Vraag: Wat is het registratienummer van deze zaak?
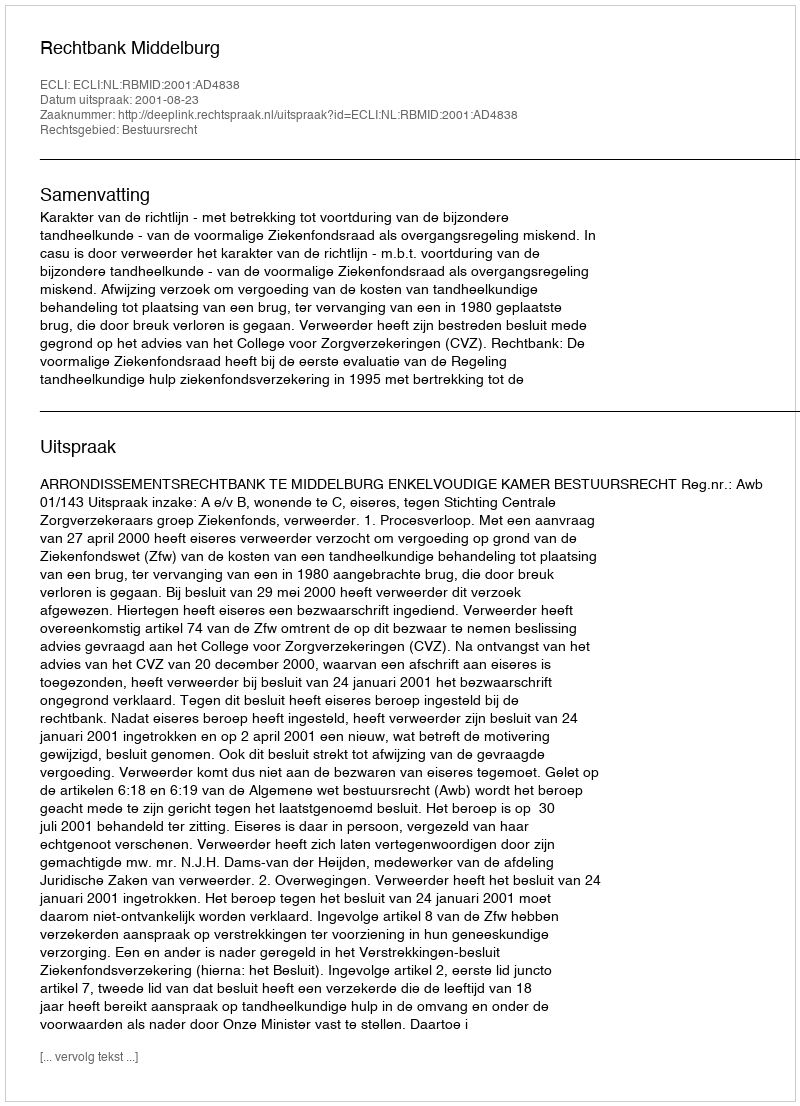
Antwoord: http://deeplink.rechtspraak.nl/uitspraak?id=ECLI:NL:RBMID:2001:AD4838